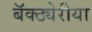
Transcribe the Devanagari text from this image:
बॅक्ठ्येरीया